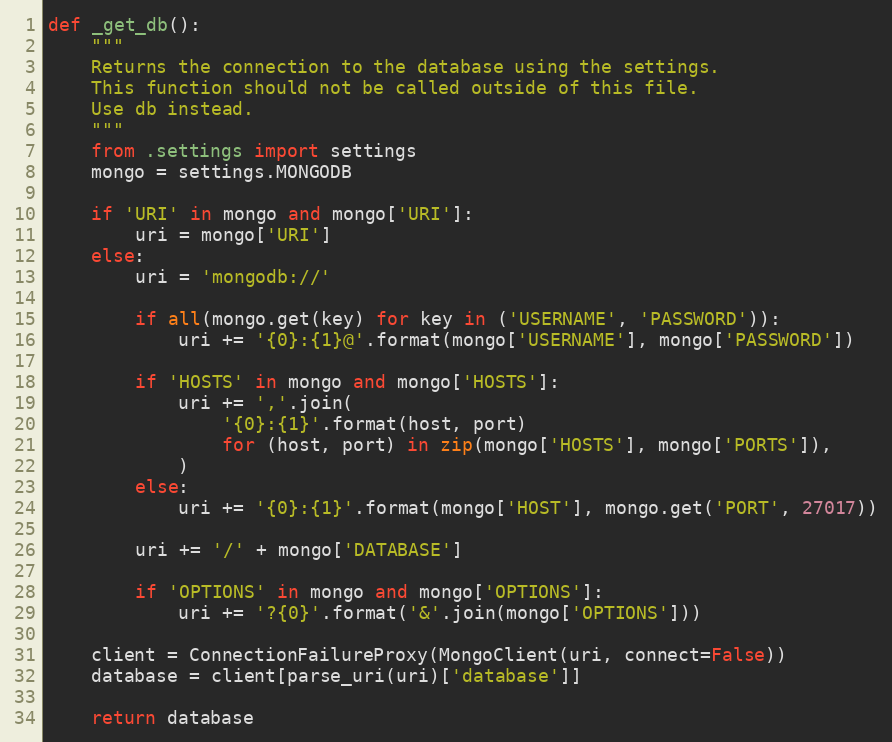
Language: Python
def _get_db():
    """
    Returns the connection to the database using the settings.
    This function should not be called outside of this file.
    Use db instead.
    """
    from .settings import settings
    mongo = settings.MONGODB

    if 'URI' in mongo and mongo['URI']:
        uri = mongo['URI']
    else:
        uri = 'mongodb://'

        if all(mongo.get(key) for key in ('USERNAME', 'PASSWORD')):
            uri += '{0}:{1}@'.format(mongo['USERNAME'], mongo['PASSWORD'])

        if 'HOSTS' in mongo and mongo['HOSTS']:
            uri += ','.join(
                '{0}:{1}'.format(host, port)
                for (host, port) in zip(mongo['HOSTS'], mongo['PORTS']),
            )
        else:
            uri += '{0}:{1}'.format(mongo['HOST'], mongo.get('PORT', 27017))

        uri += '/' + mongo['DATABASE']

        if 'OPTIONS' in mongo and mongo['OPTIONS']:
            uri += '?{0}'.format('&'.join(mongo['OPTIONS']))

    client = ConnectionFailureProxy(MongoClient(uri, connect=False))
    database = client[parse_uri(uri)['database']]

    return database